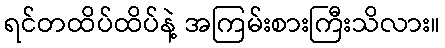
ရင်တထိပ်ထိပ်နဲ့ အကြမ်းစားကြီးသိလား။